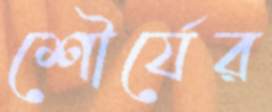
শৌর্যের